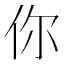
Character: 你